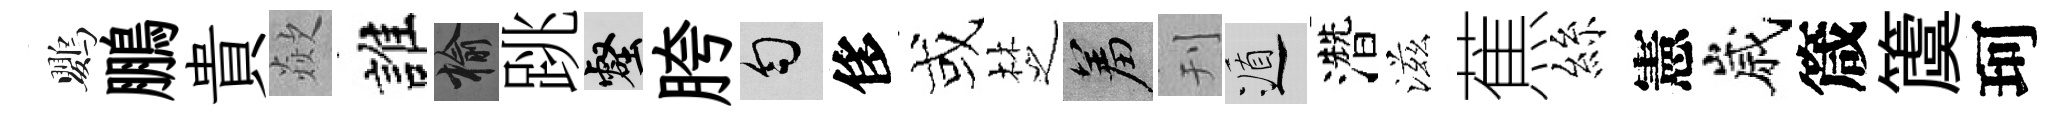
鸚鵬貴歘誰榆跳壑胯匀侈或椘羞刊遁濳滋蕉絲憲嵗箴𥵂珂